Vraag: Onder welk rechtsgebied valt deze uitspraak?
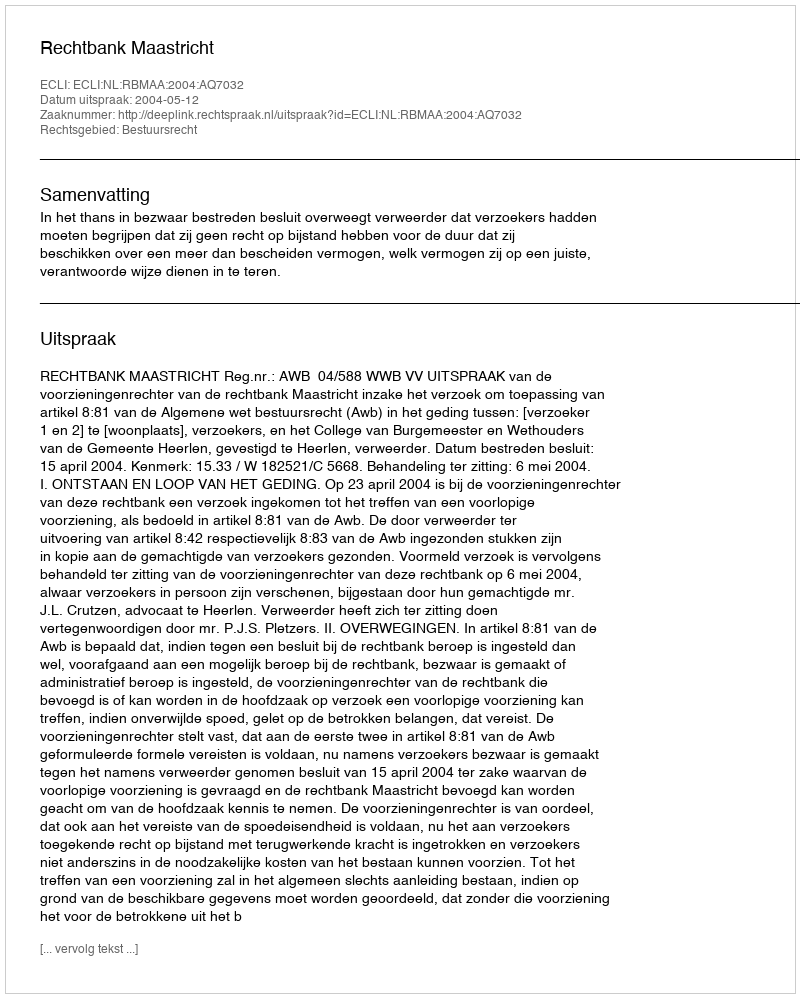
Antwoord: Bestuursrecht